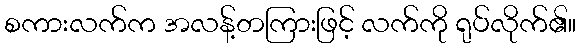
စကားလက်က အလန့်တကြားဖြင့် လက်ကို ရုပ်လိုက်၏။